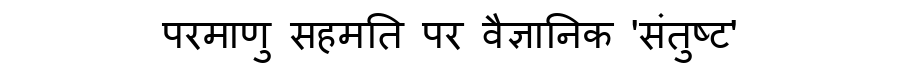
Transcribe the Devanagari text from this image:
परमाणु सहमति पर वैज्ञानिक 'संतुष्ट'